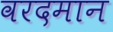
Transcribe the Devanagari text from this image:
वरदमान